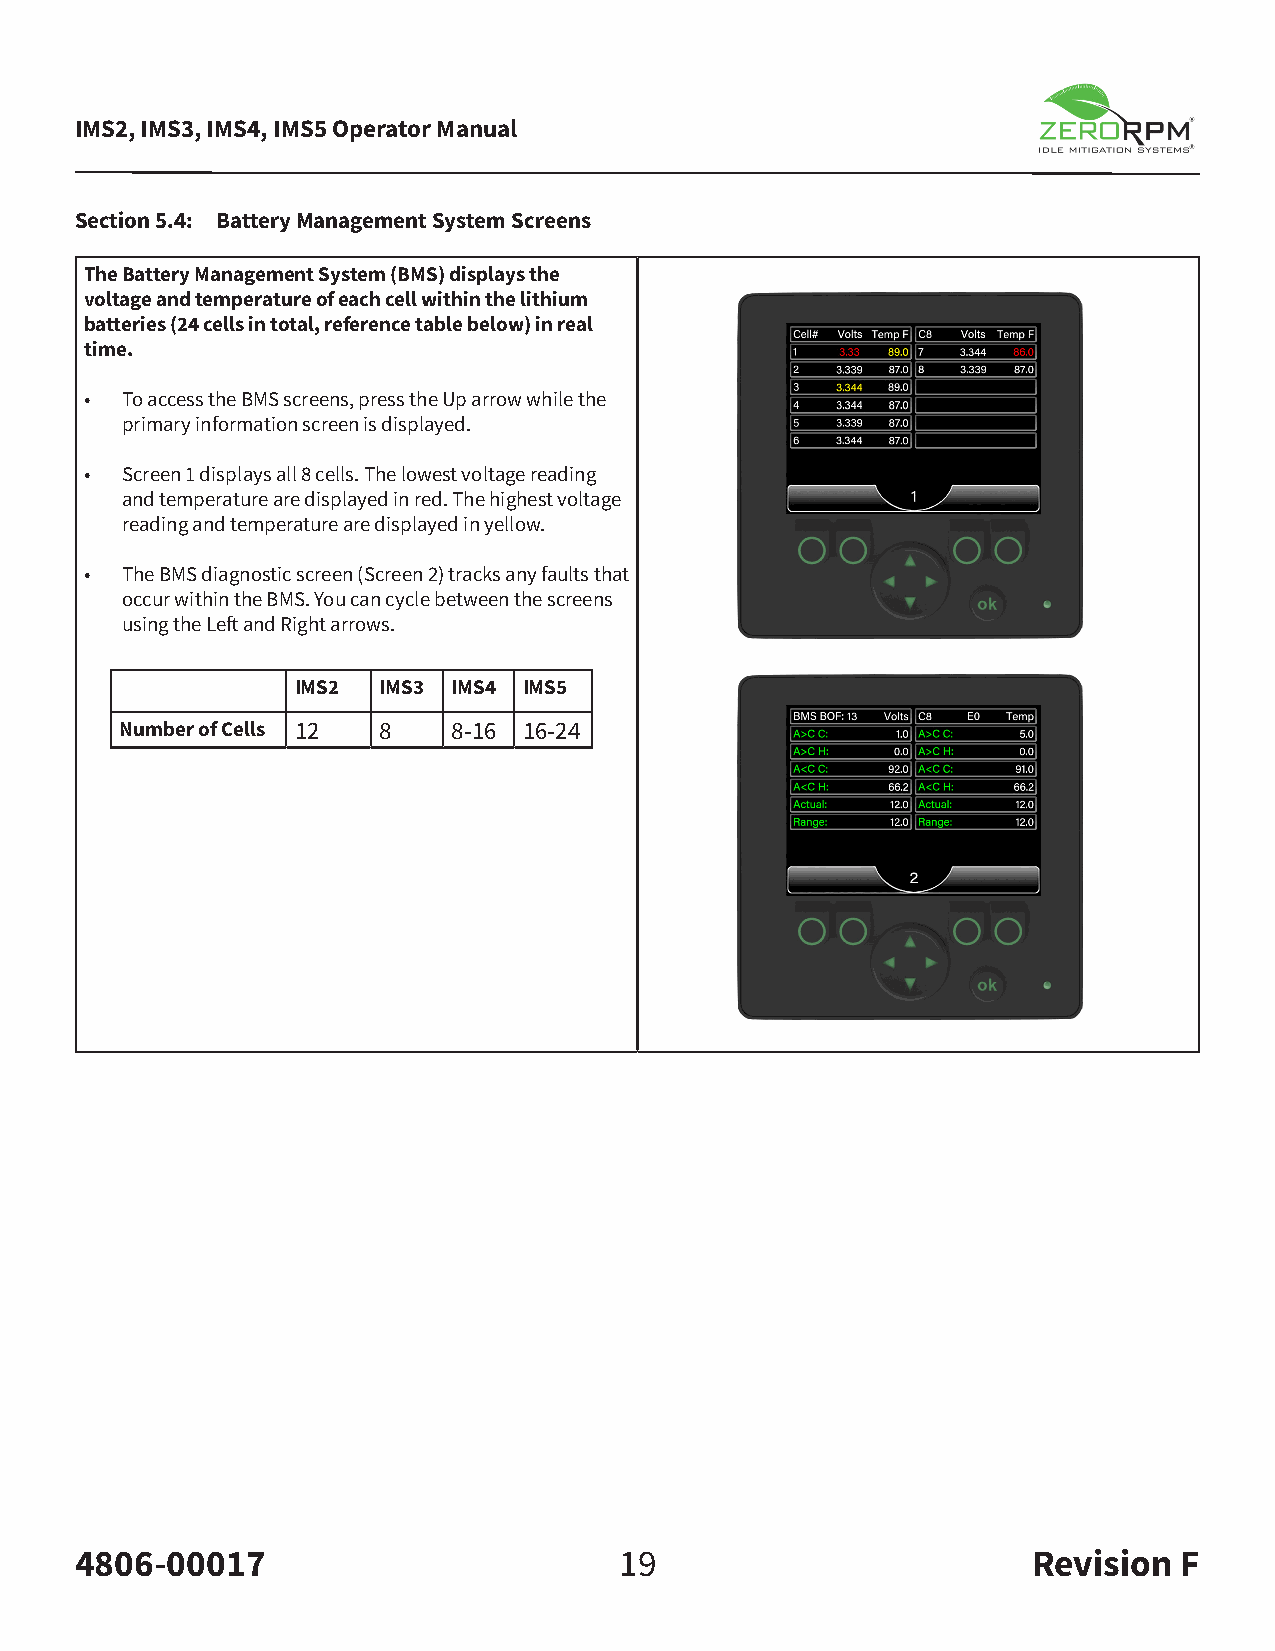
IMS2, IMS3, IMS4, IMS5 Operator Manual
 Section 5.4: Battery Management System Screens
 The Battery Management System (BMS) displays the
 voltage and temperature of each cell within the lithium
 batteries (24 cells in total, reference table below) in real
 time.
 • To access the BMS screens, press the Up arrow while the
 primary information screen is displayed.
 • Screen 1 displays all 8 cells. The lowest voltage reading
 and temperature are displayed in red. The highest voltage
 reading and temperature are displayed in yellow.
 • The BMS diagnostic screen (Screen 2) tracks any faults that
 occur within the BMS. You can cycle between the screens
 using the Left and Right arrows.
 IMS2 IMS3 IMS4 IMS5
 Number of Cells 12 8  8-16 16-24
 4806-00017                          19                         Revision  F